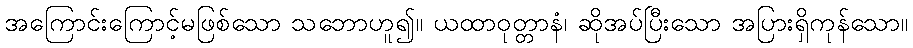
အကြောင်းကြောင့်မဖြစ်သော သဘောဟူ၍။ ယထာဝုတ္တာနံ၊ ဆိုအပ်ပြီးသော အပြားရှိကုန်သော။